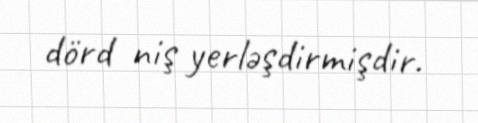
dörd niş yerləşdirmişdir.